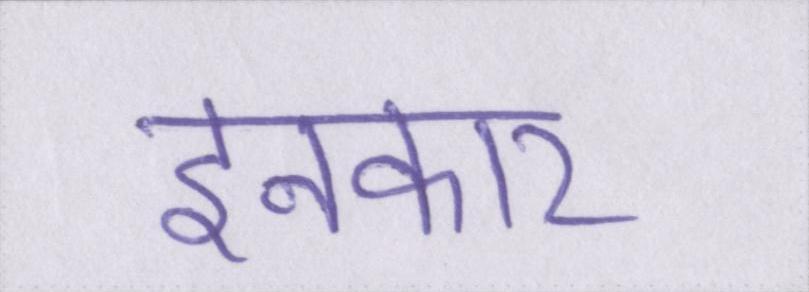
इनकार